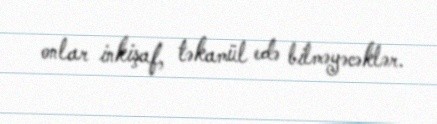
onlar inkişaf, təkamül edə bilməyəcəklər.